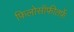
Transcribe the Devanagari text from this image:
फिलोसॉफीतर्फे